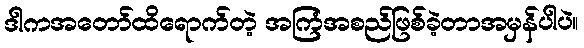
ဒါကအတော်ထိရောက်တဲ့ အကြံအစည်ဖြစ်ခဲ့တာအမှန်ပါပဲ။